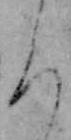
ろ